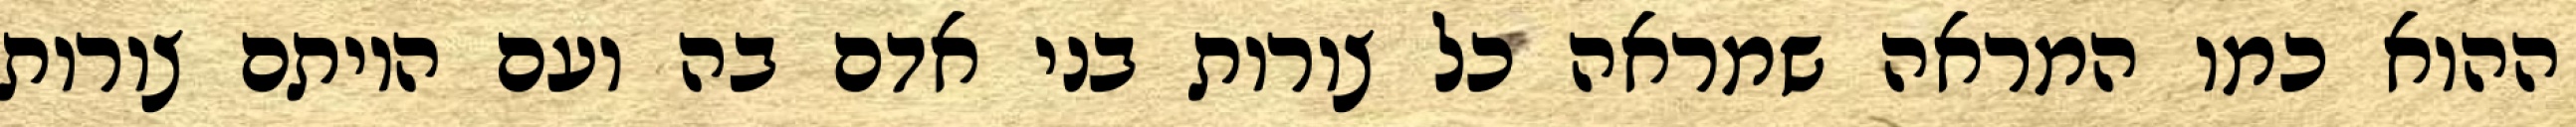
ההוא כמו המראה שמראה כל צורות בני אדם בה ועם היותם צורות